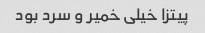
پیتزا خیلی خمیر و سرد بود